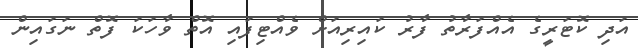
އަދި ކޮޓަރީގެ އެއްފަރާތު ފާރު ކައިރިއަށް ވެއްޓިފައި އޮތް ވާހަކަ ފޮތް ނަގައިން